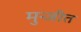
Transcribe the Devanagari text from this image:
मुन्जीत